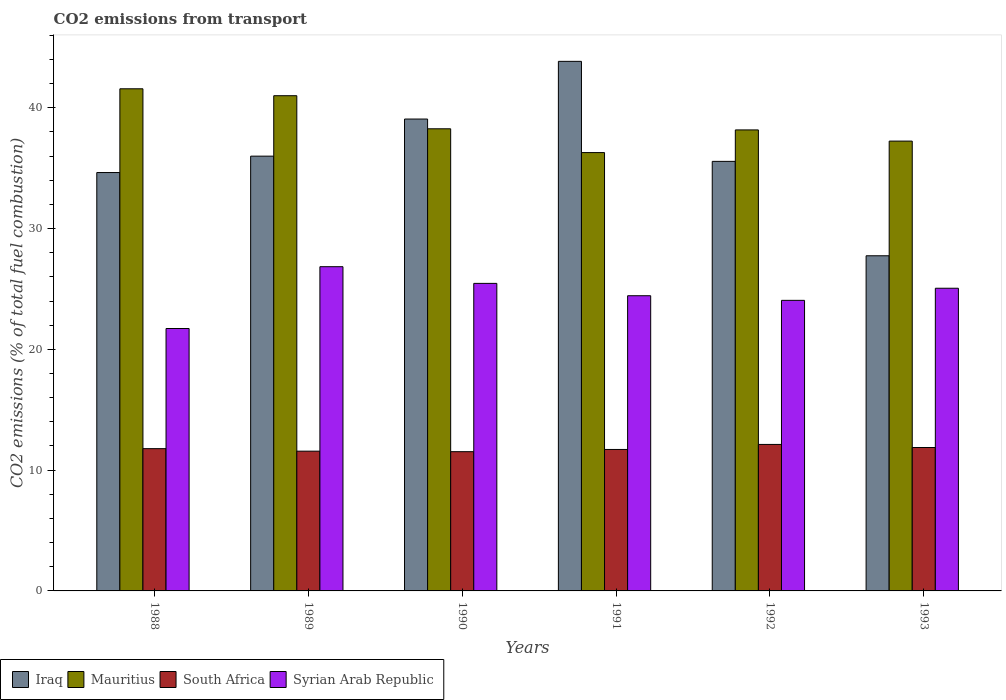
| Years | Iraq | Mauritius | South Africa | Syrian Arab Republic |
 | --- | --- | --- | --- | --- |
 | 1988 | 34.6 | 41.6 | 11.8 | 21.7 |
 | 1989 | 36 | 41 | 11.6 | 26.8 |
 | 1990 | 39.1 | 38.3 | 11.5 | 25.5 |
 | 1991 | 43.8 | 36.3 | 11.7 | 24.4 |
 | 1992 | 35.6 | 38.2 | 12.1 | 24.1 |
 | 1993 | 27.7 | 37.2 | 11.9 | 25.1 |